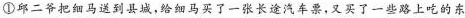
①邱二爷把细马送到县城，给细马买了一张长途汽车票，又买了一些路上吃的东